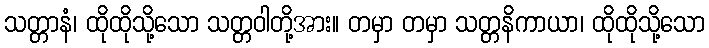
သတ္တာနံ၊ ထိုထိုသို့သော သတ္တဝါတို့အား။ တမှာ တမှာ သတ္တနိကာယာ၊ ထိုထိုသို့သော